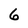
Character: 6